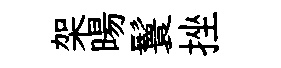
架暘鬟挫